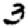
Digit: 3